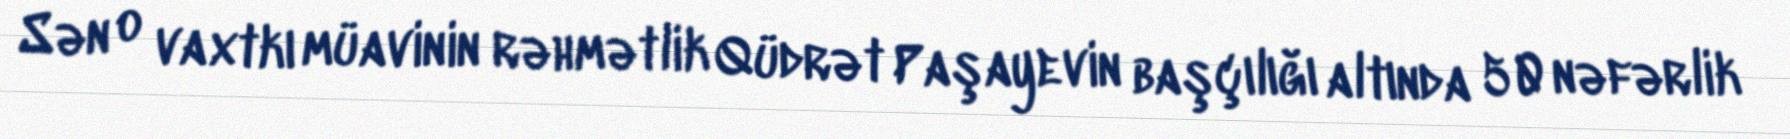
Sən o vaxtkı müavinin rəhmətlik Qüdrət Paşayevin başçılığı altında 50 nəfərlik